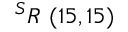
^ { S } R \ ( 1 5 , 1 5 )